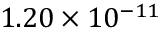
1 . 2 0 \times 1 0 ^ { - 1 1 }